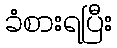
ခံစားရပြီး